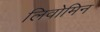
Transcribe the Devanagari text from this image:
लिवोमिन